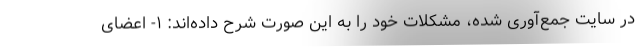
در سایت جمع‌آوری شده، مشکلات خود را به این صورت شرح داده‌اند: ۱- اعضای